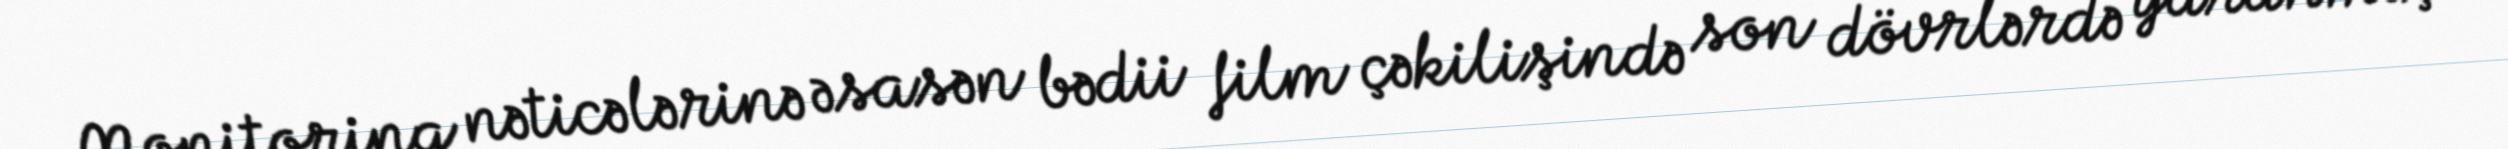
Monitorinq nəticələrinə əsasən bədii film çəkilişində son dövrlərdə yaranmış